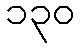
၁၃၀